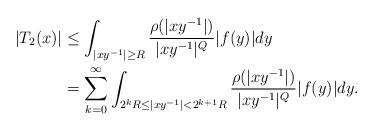
LaTeX: \begin{align*}|T_{2}(x)|&\leq\int_{|xy^{-1}|\geq R}\frac{\rho(|xy^{-1}|)}{|xy^{-1}|^{Q}}|f(y)|dy\\ &= \sum_{k=0}^{\infty}\int_{2^{k}R\leq|xy^{-1}|<2^{k+1}R}\frac{\rho(|xy^{-1}|)}{|xy^{-1}|^{Q}}|f(y)|dy.\end{align*}